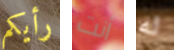
رأيكم أنت له